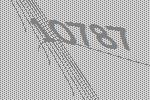
10787